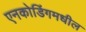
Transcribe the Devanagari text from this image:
एनकोडिंगमधील